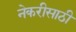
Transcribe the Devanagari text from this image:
नेकरीसाठी